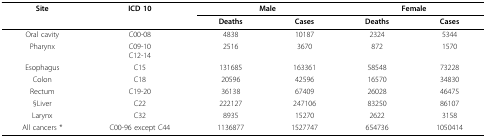
| Site | ICD 10 | <COLSPAN=2> Male | <COLSPAN=2> Female |
 |  |  | Deaths | Cases | Deaths | Cases |
 | --- | --- | --- | --- | --- | --- |
 | Oral cavity | C00-08 | 4838 | 10187 | 2324 | 5344 |
 | Pharynx | C09-10C12-14 | 2516 | 3670 | 872 | 1570 |
 | Esophagus | C15 | 131685 | 163361 | 58548 | 73228 |
 | Colon | C18 | 20596 | 42596 | 16570 | 34830 |
 | Rectum | C19-20 | 36138 | 67409 | 26028 | 46475 |
 | §Liver | C22 | 222127 | 247106 | 83250 | 86107 |
 | Larynx | C32 | 8935 | 15270 | 2622 | 3158 |
 | All cancers * | C00-96 except C44 | 1136877 | 1527747 | 654736 | 1050414 |